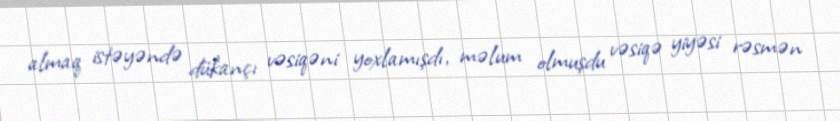
almaq istəyəndə dükançı vəsiqəni yoxlamışdı, məlum olmuşdu vəsiqə yiyəsi rəsmən